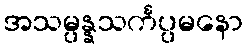
အသမ္ပန္နသင်္ကပ္ပမနော